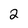
Character: 2